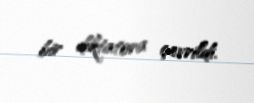
bir diktatora çevrildi.